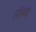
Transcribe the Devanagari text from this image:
लॅम्प